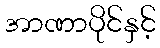
အာဏာပိုင်နှင့်